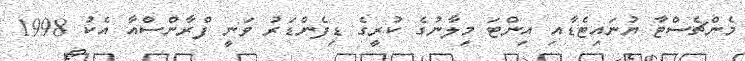
މެންޗެސްޓާ ޔުނައިޓެޑާއި އިންޓަ މިލާނުގެ ކުރީގެ ޑިފެންޑަރު ވަނީ ފްރާންސްއާ އެކު 1998